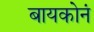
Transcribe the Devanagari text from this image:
बायकोनं